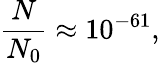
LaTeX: \frac{N}{N_{0}}\approx 10^{-61},